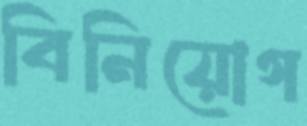
বিনিয়োগ